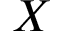
X